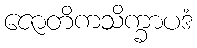
ဇောတိကသိက္ခာပဒံ